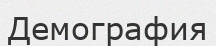
Демография